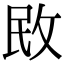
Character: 敃